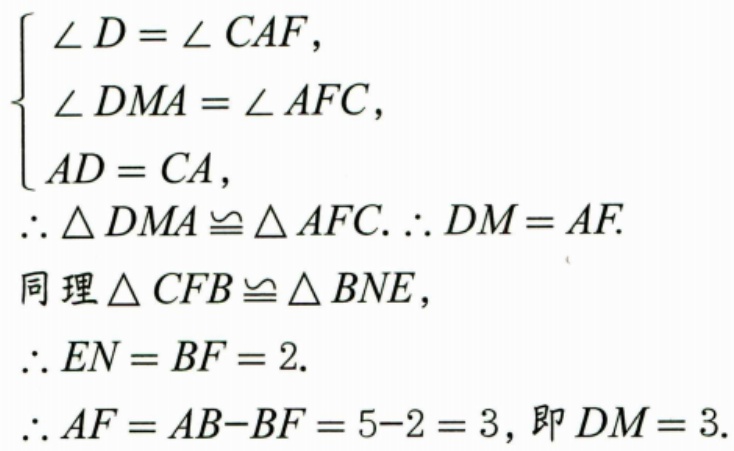
\(\begin{cases}
\angle D=\angle CAF,\\
\angle DMA=\angle AFC,\\
AD = CA,
\end{cases}\)
\(\therefore\triangle DMA\cong\triangle AFC.\therefore DM = AF.\)
同理\(\triangle CFB\cong\triangle BNE\)，
\(\therefore EN = BF = 2.\)
\(\therefore AF=AB - BF=5 - 2 = 3,\)即\(DM = 3.\)